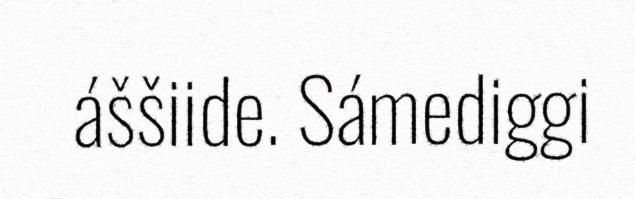
áššiide. Sámediggi